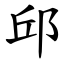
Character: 邱